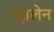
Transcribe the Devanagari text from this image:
व्हालेन